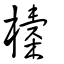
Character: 𣝔